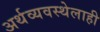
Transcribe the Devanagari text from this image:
अर्थव्यवस्थेलाही